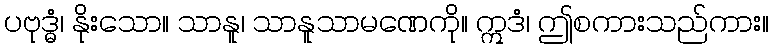
ပဗုဒ္ဓံ၊ နိုးသော။ သာနူ၊ သာနူသာမဏေကို။ ဣဒံ၊ ဤစကားသည်ကား။